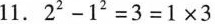
11.$$2 ^ { 2 } - 1 ^ { 2 } = 3 = 1 \times 3$$